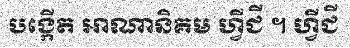
បង្កើត អាណានិគម ហ្វីជី ។ ហ្វីជី